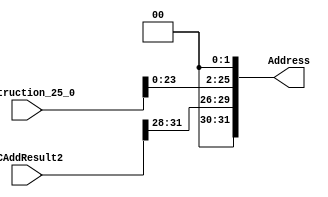
`timescale 1ns / 1ps
//////////////////////////////////////////////////////////////////////////////////
// Company: 
// Engineer: 
// 
// Design Name: 
// Module Name: jump
// Project Name: 
// Target Devices: 
// Tool Versions: 
// Description: 
// 
// Dependencies: 
// 
// Revision:
// Revision 0.01 - File Created
// Additional Comments:
// 
//////////////////////////////////////////////////////////////////////////////////


module jump(PCAddResult2,Instruction_25_0,Address);
    input [25:0] Instruction_25_0;
    input [31:0] PCAddResult2;
    output reg [31:0] Address;
    
    always@(PCAddResult2,Instruction_25_0) begin 
        Address<={PCAddResult2[31:28],Instruction_25_0<<2};
    
    end

endmodule